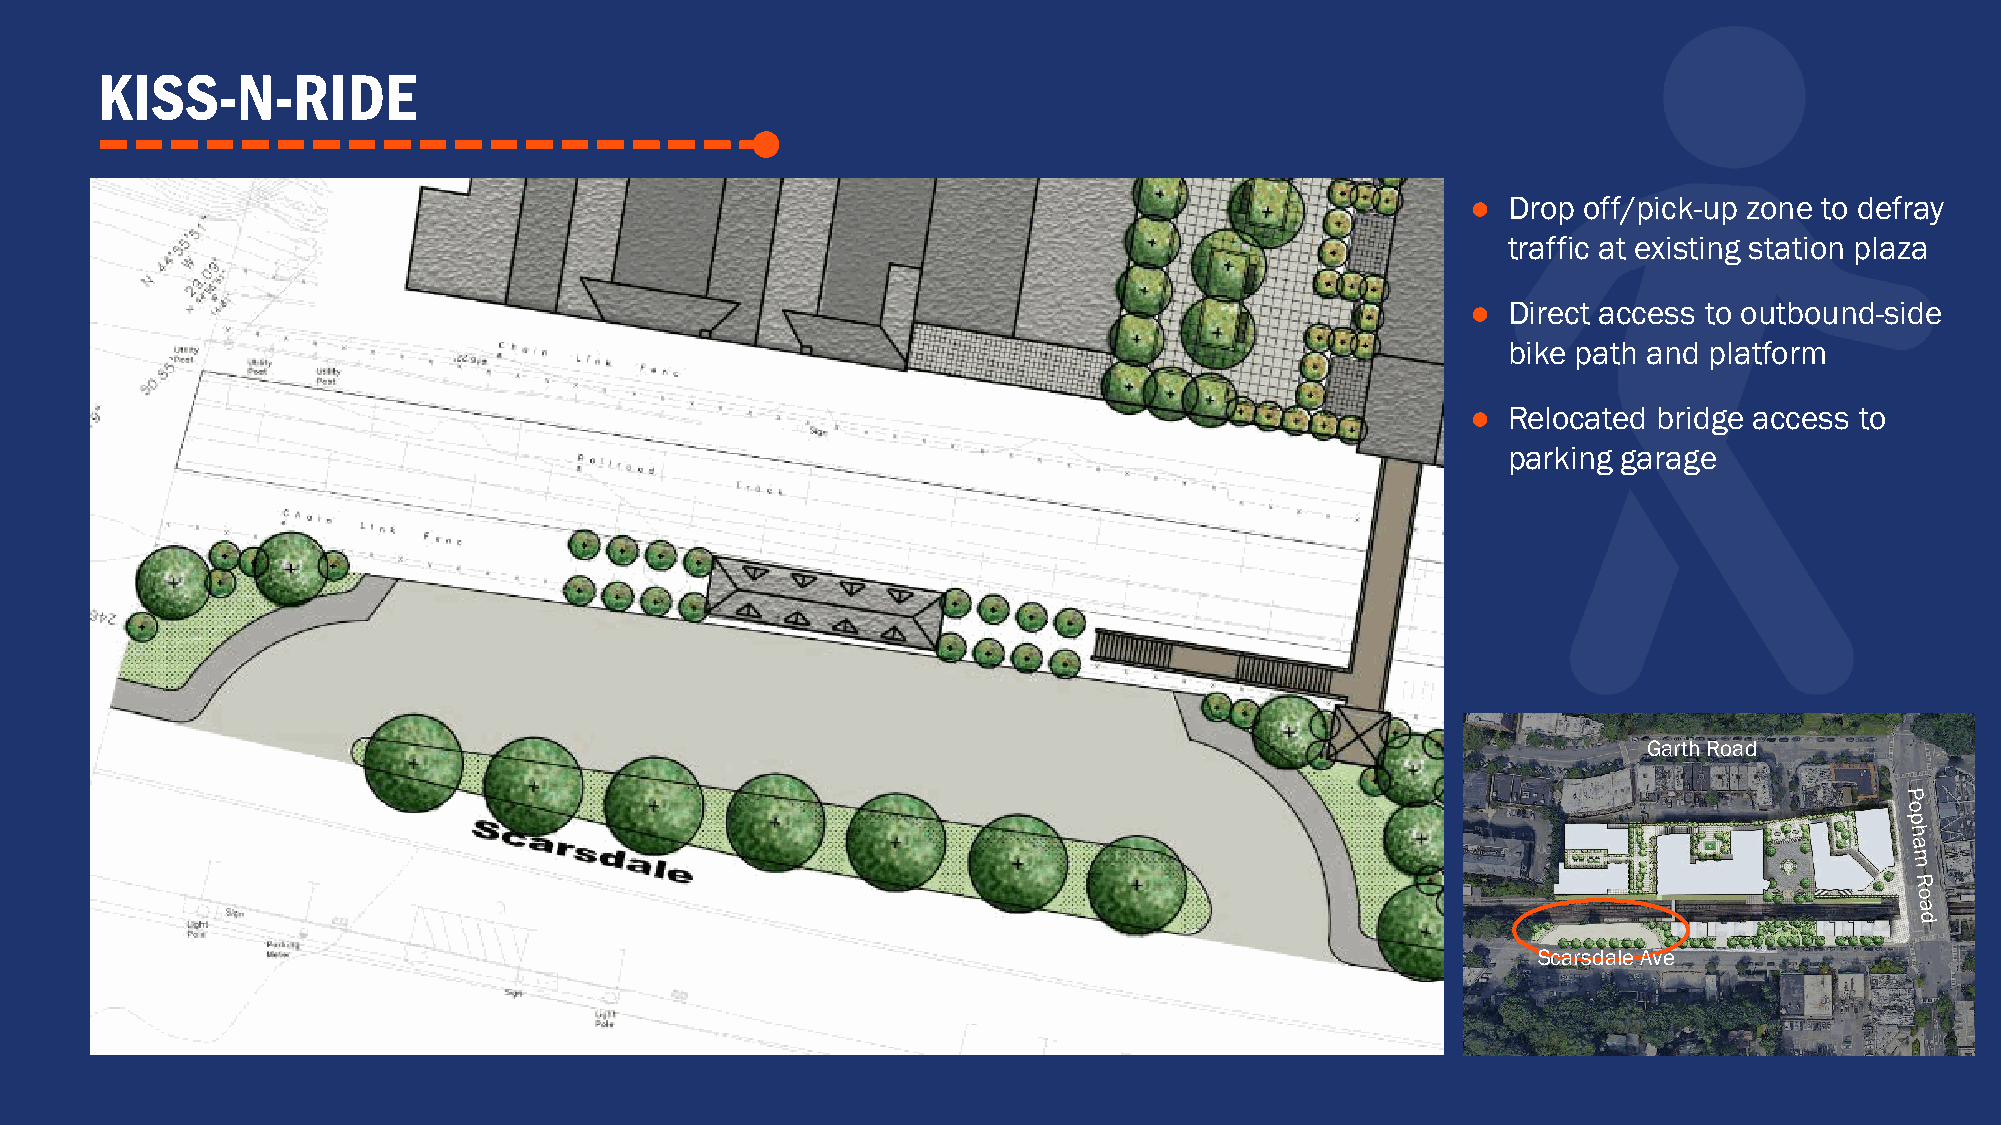
KISS-N-RIDE
 ●  Drop off/pick-up zone to defray
 traffic at existing station plaza
 ●  Direct access to outbound-side
 bike path and platform
 ●  Relocated bridge access to
 parking garage
 Garth Road
 Scarsdale Ave